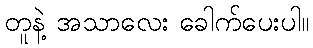
တူနဲ့ အသာလေး ခေါက်ပေးပါ။